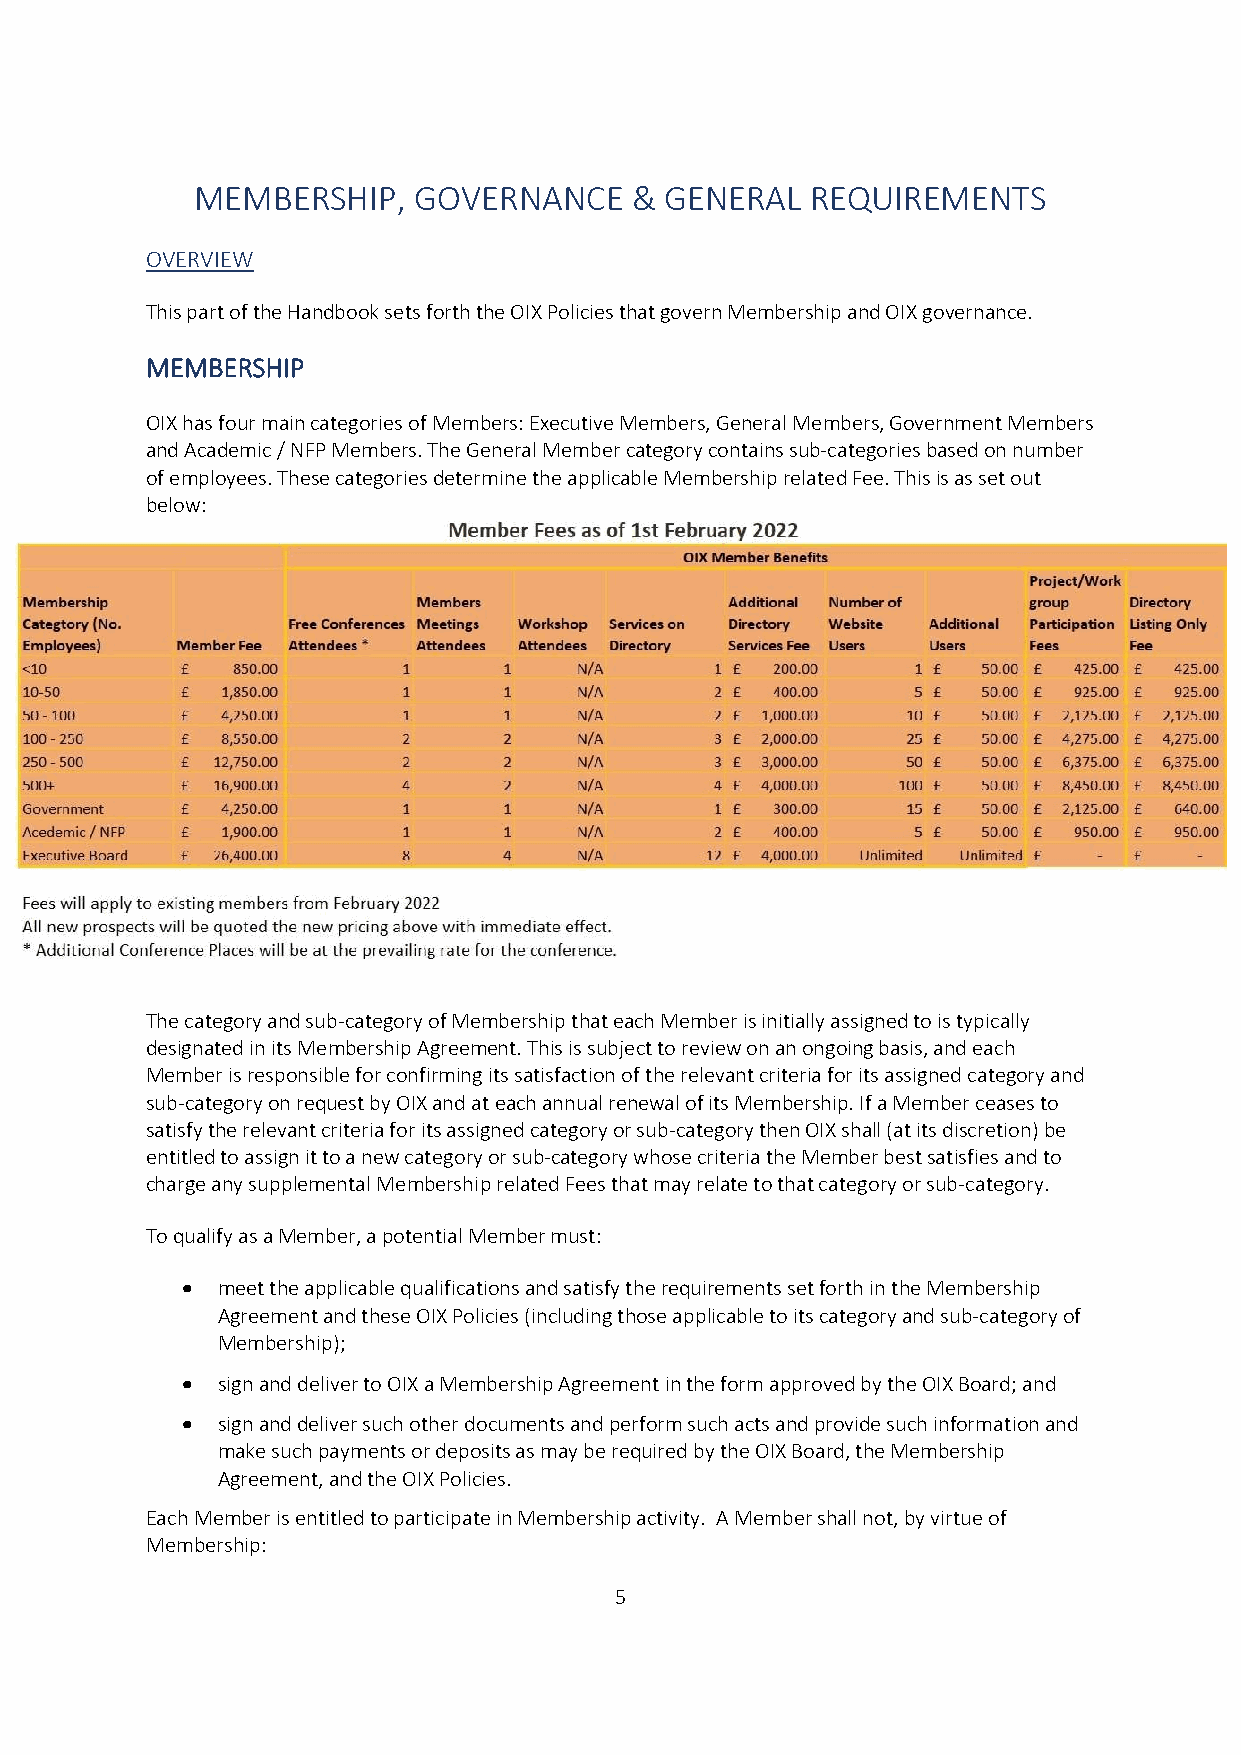
MEMBERSHIP,   GOVERNANCE     & GENERAL   REQUIREMENTS
 OVERVIEW
 This part of the Handbook sets forth the OIX Policies that govern Membership and OIX governance.
 MEMBERSHIP
 OIX has four main categories of Members: Executive Members, General Members, Government Members
 and Academic / NFP Members. The General Member category contains sub-categories based on number
 of employees. These categories determine the applicable Membership related Fee. This is as set out
 below:
 The category and sub-category of Membership that each Member is initially assigned to is typically
 designated in its Membership Agreement. This is subject to review on an ongoing basis, and each
 Member is responsible for confirming its satisfaction of the relevant criteria for its assigned category and
 sub-category on request by OIX and at each annual renewal of its Membership. If a Member ceases to
 satisfy the relevant criteria for its assigned category or sub-category then OIX shall (at its discretion) be
 entitled to assign it to a new category or sub-category whose criteria the Member best satisfies and to
 charge any supplemental Membership related Fees that may relate to that category or sub-category.
 To qualify as a Member, a potential Member must:
  meet the applicable qualifications and satisfy the requirements set forth in the Membership
 Agreement and these OIX Policies (including those applicable to its category and sub-category of
 Membership);
  sign and deliver to OIX a Membership Agreement in the form approved by the OIX Board; and
  sign and deliver such other documents and perform such acts and provide such information and
 make such payments or deposits as may be required by the OIX Board, the Membership
 Agreement, and the OIX Policies.
 Each Member is entitled to participate in Membership activity. A Member shall not, by virtue of
 Membership:
 5